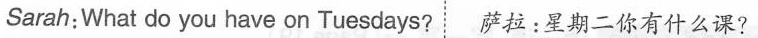
Sarah：What do you have on Tuesdays? 萨拉：星期二你有什么课？